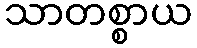
သာတစ္စာယ